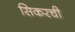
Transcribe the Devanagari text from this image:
सिकरची